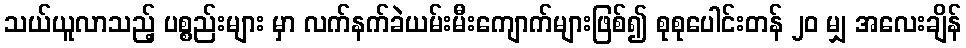
သယ်ယူလာသည့် ပစ္စည်းများ မှာ လက်နက်ခဲယမ်းမီးကျောက်များဖြစ်၍ စုစုပေါင်းတန် ၂၀ မျှ အလေးချိန်